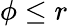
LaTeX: \phi\leq r